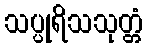
သပ္ပုရိသသုတ္တံ